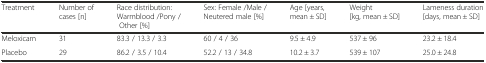
<table><thead><tr><td><b>Treatment</b></td><td><b>Number of cases [n]</b></td><td><b>Race distribution: Warmblood /Pony / Other [%]</b></td><td><b>Sex: Female /Male / Neutered male [%]</b></td><td><b>Age [years, mean ± SD]</b></td><td><b>Weight [kg, mean ± SD]</b></td><td><b>Lameness duration [days, mean ± SD]</b></td></tr></thead><tbody><tr><td>Meloxicam</td><td>31</td><td>83.3 / 13.3 / 3.3</td><td>60 / 4 / 36</td><td>9.5 ± 4.9</td><td>537 ± 96</td><td>23.2 ± 18.4</td></tr><tr><td>Placebo</td><td>29</td><td>86.2 / 3.5 / 10.4</td><td>52.2 / 13 / 34.8</td><td>10.2 ± 3.7</td><td>539 ± 107</td><td>25.0 ± 24.8</td></tr></tbody></table>